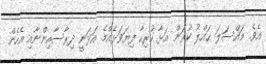
އެވެ. މައްސަލަ ޙައްލު ކުރަން އަޅާ ހުރިހާ ފިޔަވަޅެއްމެ އަޅަނީ ދިރާސާއިންނާއި އެހެން